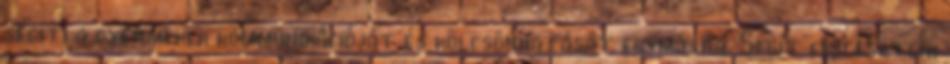
segíti a gyermekek kommunikációját és kölcsönhatását egymásra. Segít fejleszteni